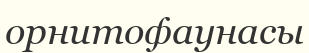
орнитофаунасы